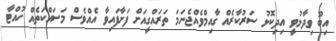
އިބޫ ވިދާޅުވީ އިދިކޮޅު ސަރުކާރެއް ގާއިމްވެއްޖެނަމަ ތަރައްގީއަށް ފަށާފައިވާ އެއްވެސް މަސައްކަތެއް ހުއްޓާ